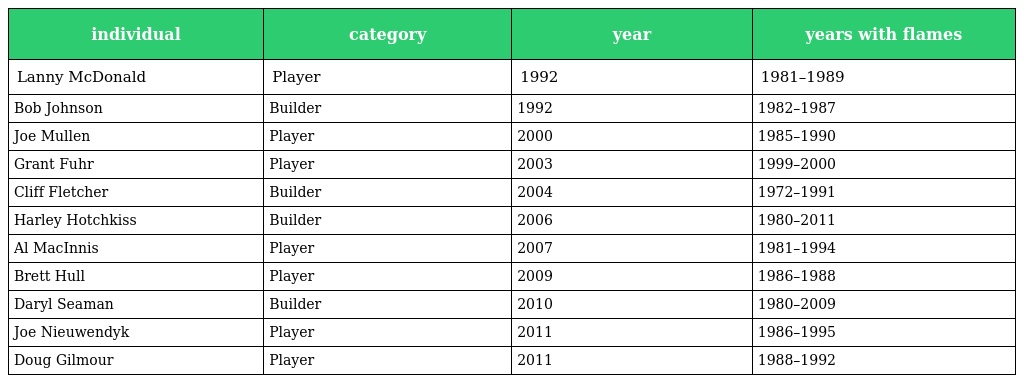
| individual | category | year | years with flames |
 | --- | --- | --- | --- |
 | Lanny McDonald | Player | 1992 | 1981–1989 |
 | Bob Johnson | Builder | 1992 | 1982–1987 |
 | Joe Mullen | Player | 2000 | 1985–1990 |
 | Grant Fuhr | Player | 2003 | 1999–2000 |
 | Cliff Fletcher | Builder | 2004 | 1972–1991 |
 | Harley Hotchkiss | Builder | 2006 | 1980–2011 |
 | Al MacInnis | Player | 2007 | 1981–1994 |
 | Brett Hull | Player | 2009 | 1986–1988 |
 | Daryl Seaman | Builder | 2010 | 1980–2009 |
 | Joe Nieuwendyk | Player | 2011 | 1986–1995 |
 | Doug Gilmour | Player | 2011 | 1988–1992 |